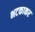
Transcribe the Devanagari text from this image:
भटकाकर